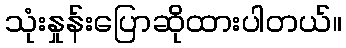
သုံးနှုန်းပြောဆိုထားပါတယ်။